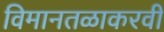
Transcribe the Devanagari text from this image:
विमानतळाकरवी